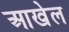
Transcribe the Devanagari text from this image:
आखेल